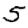
Digit: 5